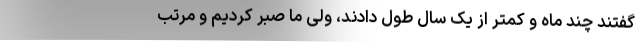
گفتند چند ماه و کمتر از یک سال طول دادند، ولی ما صبر کردیم و مرتب